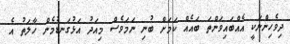
ދިވެހިންނަކީ އެއްބައިވަންތަ ބައެއް ކަމަށް ބުނި ނަމަވެސް މިއަދު އަޅުގަނޑުމެން ހާލަތު އެ